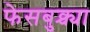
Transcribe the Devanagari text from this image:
फेसबुक्च्या